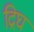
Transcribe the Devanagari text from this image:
द्रिघ